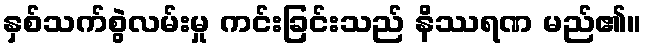
နှစ်သက်စွဲလမ်းမှု ကင်းခြင်းသည် နိဿရဏ မည်၏။